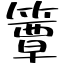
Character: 簟